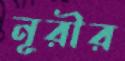
নূরীর